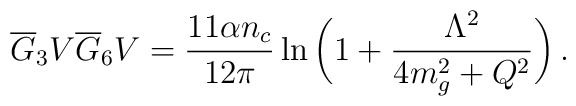
\overline G_3V\overline G_6V ={11\alpha n_c \over 12\pi}       \ln{\bigg(1+ {\Lambda^2\over 4m^2_g+Q^2}\bigg)}\,.